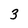
Character: 3